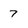
Character: 7